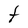
Character: t